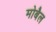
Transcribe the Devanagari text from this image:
मोबैल